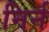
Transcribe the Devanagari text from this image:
निर्न